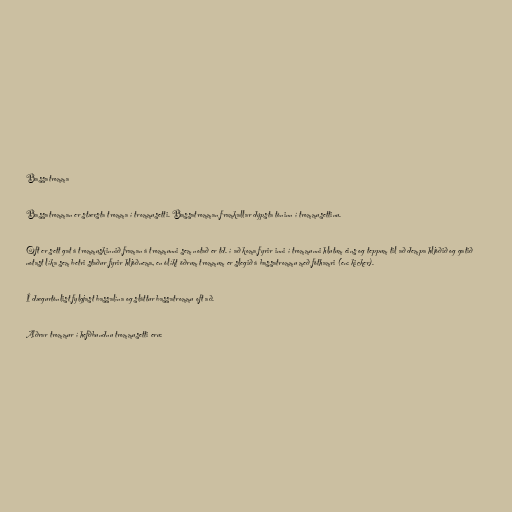
Bassatromma

Bassatromman er stærsta tromma í trommusetti. Bassatromman framkallar dýpsta tóninn í trommusettinu.

Oft er sett gat á trommuskinnið framan á trommunni sem notað er td. í að koma fyrir inni í trommunni hlutum eins og teppum til að dempa hljóðið og gatið
notast líka sem betri staður fyrir hljóðnema, en ólíkt öðrum trommum er slegið á bassatrommu með fóthamri (en: kicker).

Í dægurtónlist fylgjast bassalína og sláttur bassatrommu oft að.

Aðrar trommur í hefðbundnu trommusetti eru: